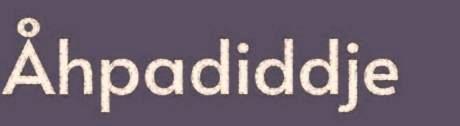
Åhpadiddje